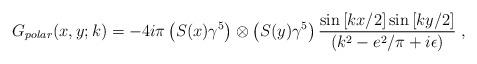
LaTeX: \begin{align*}G_{polar}(x,y;k)=-4i\pi\left(S(x)\gamma^5\right)\otimes\left(S(y)\gamma^5\right)\frac{\sin \left[kx/2\right] \sin \left[ky/2\right]}{(k^2-e^2/\pi+i\epsilon)}\; ,\end{align*}